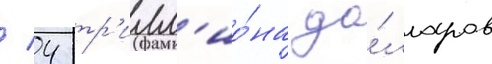
/ 4 тр'илл'ио́на до́лларов